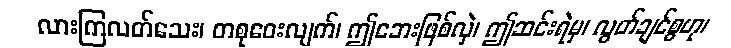
လားကြလတ်သေး၊ တစုဝေးလျက်၊ ဤဘေးဖြစ်လှဲ၊ ဤဆင်းရဲမှ၊ လွတ်ချင်စွဟု၊